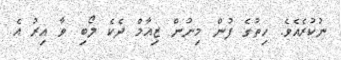
ނުކުރެއެވެ. ހިތުގެ ފުން މިނުން ޒިއާމް ދެކެ ލޯބި ވާ އިރު އެ